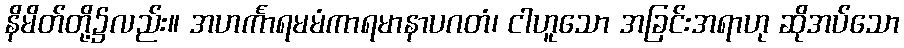
နိမိတ်တို့၌လည်း။ အဟင်္ကာရမမံကာရမာနာပဂတံ၊ ငါဟူသော အခြင်းအရာဟု ဆိုအပ်သော